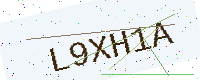
Text: L9XH1A